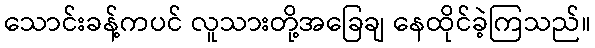
သောင်းခန့်ကပင် လူသားတို့အခြေချ နေထိုင်ခဲ့ကြသည်။